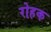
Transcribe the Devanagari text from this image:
रोहक